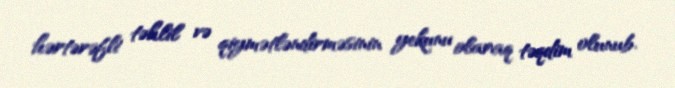
hərtərəfli təhlil və qiymətləndirməsinin yekunu olaraq təqdim olunub.